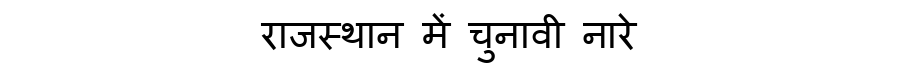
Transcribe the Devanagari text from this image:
राजस्थान में चुनावी नारे